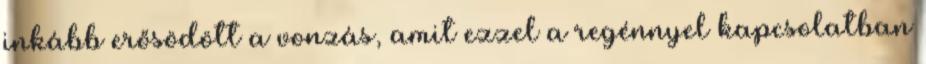
inkább erősödött a vonzás, amit ezzel a regénnyel kapcsolatban